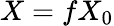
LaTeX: X=fX_{0}